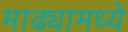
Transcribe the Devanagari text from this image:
माढ्यामध्ये